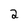
Character: 2